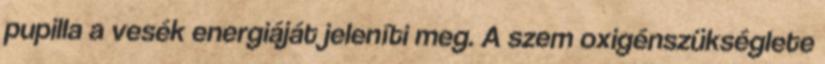
pupilla a vesék energiáját jeleníti meg. A szem oxigénszükséglete